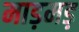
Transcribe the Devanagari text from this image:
माड़मड़